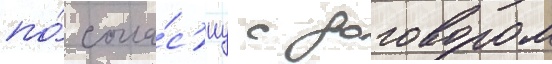
по́ согла́с'иу с договором